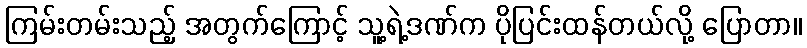
ကြမ်းတမ်းသည့် အတွက်ကြောင့် သူ့ရဲ့ဒဏ်က ပိုပြင်းထန်တယ်လို့ ပြောတာ။